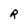
Character: R